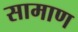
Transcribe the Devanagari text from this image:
सामाण